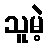
သူမဲ့